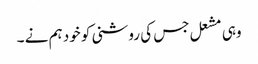
وہی مشعل جس کی روشنی کو خود ہم نے ۔